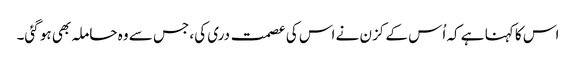
اس کا کہنا ہے کہ اُس کے کزن نے اس کی عصمت دری کی، جس سے وہ حاملہ بھی ہو گئی۔